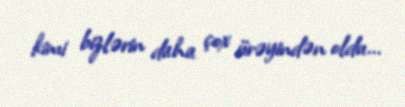
kimi bizlərin daha çox ürəyindən oldu...